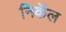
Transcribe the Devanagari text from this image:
निकॅल